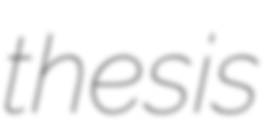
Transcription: thesis